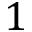
1